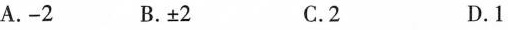
A. -2 B. ±2 C. 2 D .1